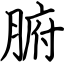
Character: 腑